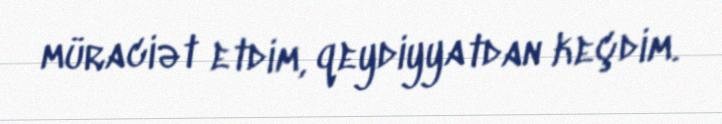
müraciət etdim, qeydiyyatdan keçdim.